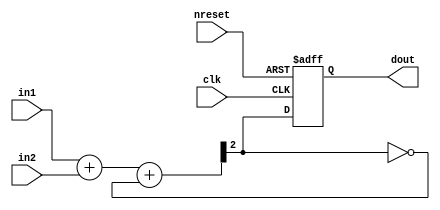
//======================================================================
//
// rosc.v
// ---------
// Digital ring oscillator used as entropy source.
//
//
// Copyright (c) 2014, Bernd Paysan
// All rights reserved.
// 
// Redistribution and use in source and binary forms, with or 
// without modification, are permitted provided that the following 
// conditions are met: 
// 
// 1. Redistributions of source code must retain the above copyright 
//    notice, this list of conditions and the following disclaimer. 
// 
// 2. Redistributions in binary form must reproduce the above copyright 
//    notice, this list of conditions and the following disclaimer in 
//    the documentation and/or other materials provided with the 
//    distribution. 
// 
// THIS SOFTWARE IS PROVIDED BY THE COPYRIGHT HOLDERS AND CONTRIBUTORS 
// "AS IS" AND ANY EXPRESS OR IMPLIED WARRANTIES, INCLUDING, BUT NOT 
// LIMITED TO, THE IMPLIED WARRANTIES OF MERCHANTABILITY AND FITNESS 
// FOR A PARTICULAR PURPOSE ARE DISCLAIMED. IN NO EVENT SHALL THE 
// COPYRIGHT OWNER OR CONTRIBUTORS BE LIABLE FOR ANY DIRECT, INDIRECT, 
// INCIDENTAL, SPECIAL, EXEMPLARY, OR CONSEQUENTIAL DAMAGES (INCLUDING, 
// BUT NOT LIMITED TO, PROCUREMENT OF SUBSTITUTE GOODS OR SERVICES;
// LOSS OF USE, DATA, OR PROFITS; OR BUSINESS INTERRUPTION) HOWEVER 
// CAUSED AND ON ANY THEORY OF LIABILITY, WHETHER IN CONTRACT, 
// STRICT LIABILITY, OR TORT (INCLUDING NEGLIGENCE OR OTHERWISE) 
// ARISING IN ANY WAY OUT OF THE USE OF THIS SOFTWARE, EVEN IF 
// ADVISED OF THE POSSIBILITY OF SUCH DAMAGE.
//
//======================================================================

module rosc(clk, nreset, in1, in2, dout);
   parameter l=2;
   input clk, nreset;
   input [l-1:0] in1, in2;
   output reg 	 dout;

   wire 	 cin;
   wire [l:0]  sum = in1 + in2 + cin;

   assign cin = ~sum[l];

   always @(posedge clk or negedge nreset)
     if(!nreset)
       dout <= 0;
     else
       dout <= sum[l];
   
endmodule // rosc

//======================================================================
// EOF rosc.v
//======================================================================